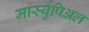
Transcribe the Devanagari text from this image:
मार्स्युपिअल